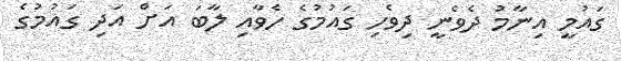
ގައުމީ އިނާމު ދެވެނީ ދިވެހި ގައުމުގެ ހެވާއި ލާބަ އަށް އަދި ގައުމުގެ